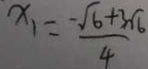
x _ { 1 } = \frac { - \sqrt { 6 } + 3 \sqrt { 6 } } { 4 }